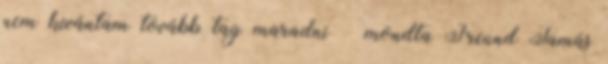
nem kívántam tovább tag maradni – mondta Freund Tamás